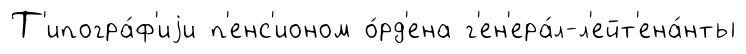
Т'ипогра́ф'иjи п'енс'ионом о́рд'ена г'ен'ера́л-л'ейт'ена́нты